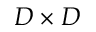
D \times D